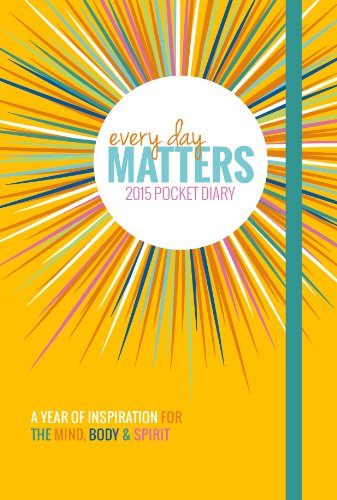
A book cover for Every Day Matters 2015 Pocket Diary: A Year of Inspiration for the Mind Body & Spirit; Dani DiPirro; Calendars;